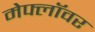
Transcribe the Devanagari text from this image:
मेफ्लॉवर